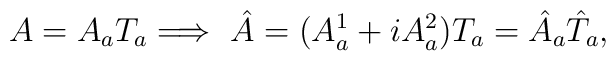
A=A_{a}T_{a}\Longrightarrow \,\,\hat{A}=(A^{1}_{a}+iA^{2}_{a})T_{a}=\hat{A}_{a}\hat{T}_{a},